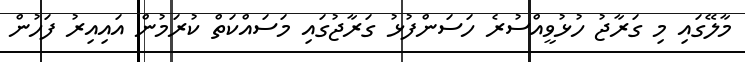
މާލޭގައި މި ގަރާޖު ހުޅުވީއްސުރެ ހަސަންފުޅު ގަރާޖުގައި މަސައްކަތް ކުރަމުން އައިއިރު ފަހުން